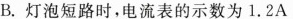
B.灯泡短路时，电流表的示数为1.2A